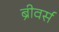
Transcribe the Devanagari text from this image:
ब्रीवर्स